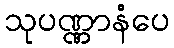
သုပဏ္ဏာနံပေ